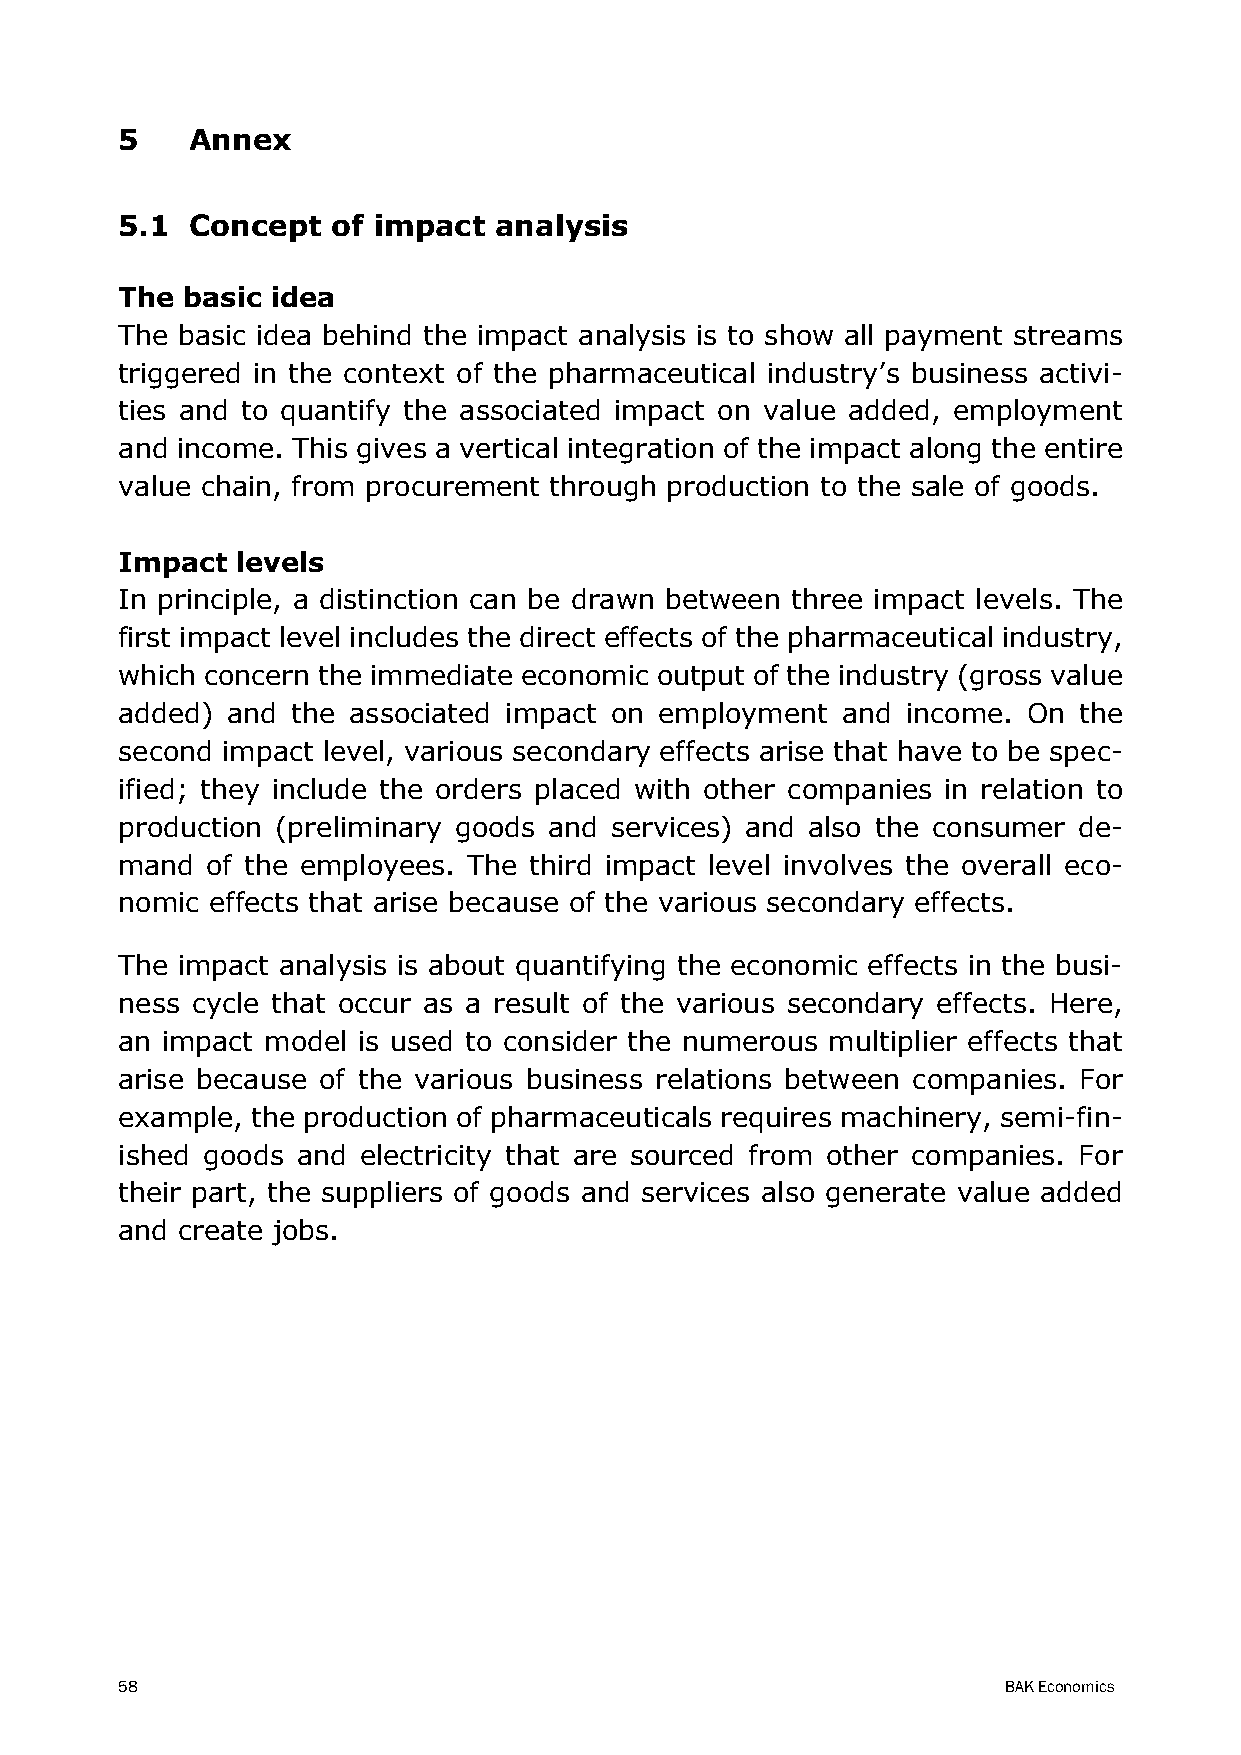
5    Annex
 5.1  Concept  of impact  analysis
 The basic idea
 The basic idea behind the impact analysis is to show all payment streams
 triggered in the context of the pharmaceutical industry’s business activi-
 ties and to quantify the associated impact on value added, employment
 and income. This gives a vertical integration of the impact along the entire
 value chain, from procurement through production to the sale of goods.
 Impact  levels
 In principle, a distinction can be drawn between three impact levels. The
 first impact level includes the direct effects of the pharmaceutical industry,
 which concern the immediate economic output of the industry (gross value
 added) and the associated impact on employment  and income. On the
 second impact level, various secondary effects arise that have to be spec-
 ified; they include the orders placed with other companies in relation to
 production (preliminary goods and services) and also the consumer de-
 mand  of the employees. The third impact level involves the overall eco-
 nomic effects that arise because of the various secondary effects.
 The impact analysis is about quantifying the economic effects in the busi-
 ness cycle that occur as a result of the various secondary effects. Here,
 an impact model is used to consider the numerous multiplier effects that
 arise because of the various business relations between companies. For
 example, the production of pharmaceuticals requires machinery, semi-fin-
 ished goods and electricity that are sourced from other companies. For
 their part, the suppliers of goods and services also generate value added
 and create jobs.
 58                                                        BAK Economics